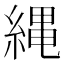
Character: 縄